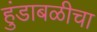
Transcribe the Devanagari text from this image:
हुंडाबळीचा